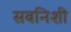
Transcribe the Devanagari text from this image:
सबनिशी